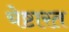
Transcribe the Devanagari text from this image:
चेष्टारत